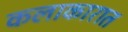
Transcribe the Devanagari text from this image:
कलाकारात